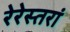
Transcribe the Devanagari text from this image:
रेरेस्तरां